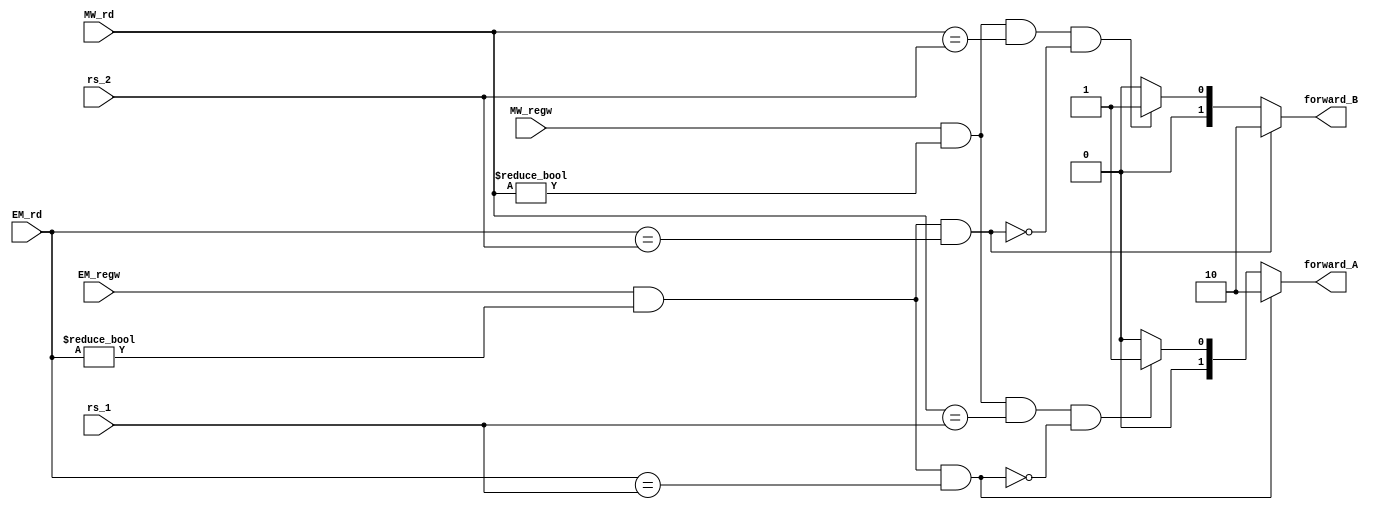
module Forward
(
  rs_1,
  rs_2,
  EM_rd,
  MW_rd,
  EM_regw,
  MW_regw,
  forward_A,
  forward_B  
);

input  [4:0]  rs_1, rs_2, EM_rd, MW_rd;
input         EM_regw, MW_regw;
output [1:0]  forward_A, forward_B;  
reg    [1:0]  forward_A, forward_B;

always @(*) begin 
// forwardA
if (EM_regw && (EM_rd != 0) && (EM_rd == rs_1)) 
    forward_A = 2'b10;
else if (MW_regw && (MW_rd != 0) && (MW_rd == rs_1) && !(EM_regw && (EM_rd != 0) 
                 && (EM_rd == rs_1)))
    forward_A = 2'b01;
else 
    forward_A = 2'b00;


// forwardB
if (EM_regw && (EM_rd != 0) && (EM_rd == rs_2))
    forward_B = 2'b10;
else if (MW_regw && (MW_rd != 0) && (MW_rd == rs_2) && !(EM_regw && (EM_rd != 0) 
                 && (EM_rd == rs_2)))
    forward_B = 2'b01;
else
    forward_B = 2'b00;
end

endmodule